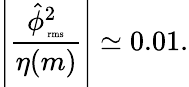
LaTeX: \left|\frac{\hat{\phi}_{\mathrm{\tiny~rms}}^{2}}{\eta(m)}\right|\simeq 0.01.